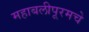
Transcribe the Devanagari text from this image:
महाबलीपूरमचे